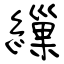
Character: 繅